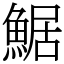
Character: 䱟